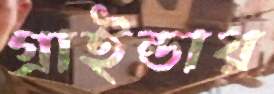
গ্রাইন্ডার